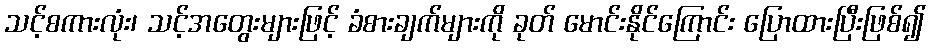
သင့်စကားလုံး၊ သင့်အတွေးများဖြင့် ခံစားချက်များကို ခုတ် မောင်းနိုင်ကြောင်း ပြောထားပြီးဖြစ်၍